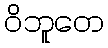
ဝိဘူတေ